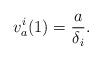
LaTeX: \begin{align*}v_a^i(1) = \frac{a}{\delta_i}.\end{align*}